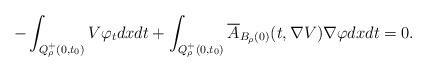
LaTeX: \begin{align*}-\int_{Q_\rho^+(0,t_0)}V\varphi_tdxdt+\int_{Q_\rho^+(0,t_0)}\overline{A}_{B_{\rho}(0)}(t,\nabla V)\nabla \varphi dxdt=0. \end{align*}